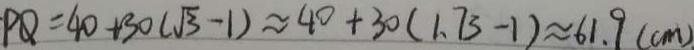
P Q = 4 0 + 3 0 ( \sqrt { 3 } - 1 ) \approx 4 0 + 3 0 ( 1 . 7 3 - 1 ) \approx 6 1 . 9 ( c m )